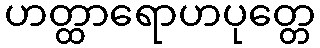
ဟတ္ထာရောဟပုတ္တေ